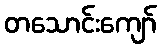
တသောင်းကျော်